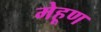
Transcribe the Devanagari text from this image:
मेहूण